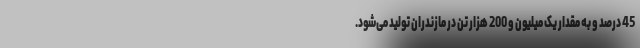
45 درصد و به مقدار یک میلیون و 200 هزار تن در مازندران تولید می‌شود.